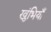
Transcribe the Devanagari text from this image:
खुंभियाँ